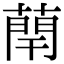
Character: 𫉑